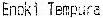
ENOKI TEMPURA